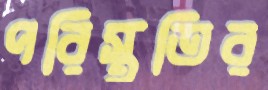
পরিস্থতির